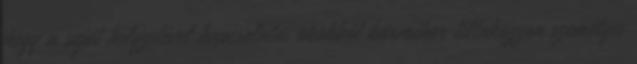
hogy a saját helyzetével kapcsolatos okokból bármikor tiltakozzon személyes